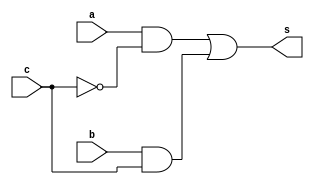
// ------------------------- 
// Exemplo0032 - F4 
// Nome: Guilherme Moreira Nunes
// ------------------------- 
// ------------------------- 
// f4_gate 
// ------------------------- 
module f4 (output s, input a, input b, input c);  
assign s = (a & ~c) | (b & c) ;
endmodule // f4 
module test_f4; 
// ------------------------- definir dados 
reg a; 
reg b;
reg c;
wire s; 
f4 modulo1 (s, a, b, c); 
// ------------------------- parte principal 
initial begin 
$display("Exemplo0032 - Guilherme Moreira Nunes - 408947"); 
$display("Test LU's module"); 
a = 0; b = 0; c = 0;  
// projetar testes do modulo 
$display("S1 S2 C S");
$monitor("%b  %b  %b %b",a,b,c,s);
#1 a = 0; b = 0; c = 1;
#1 a = 0; b = 1; c = 0;
#1 a = 0; b = 1; c = 1;
#1 a = 1; b = 0; c = 0;
#1 a = 1; b = 0; c = 1;
#1 a = 1; b = 1; c = 0;
#1 a = 1; b = 1; c = 1;
end 
endmodule // test_f4